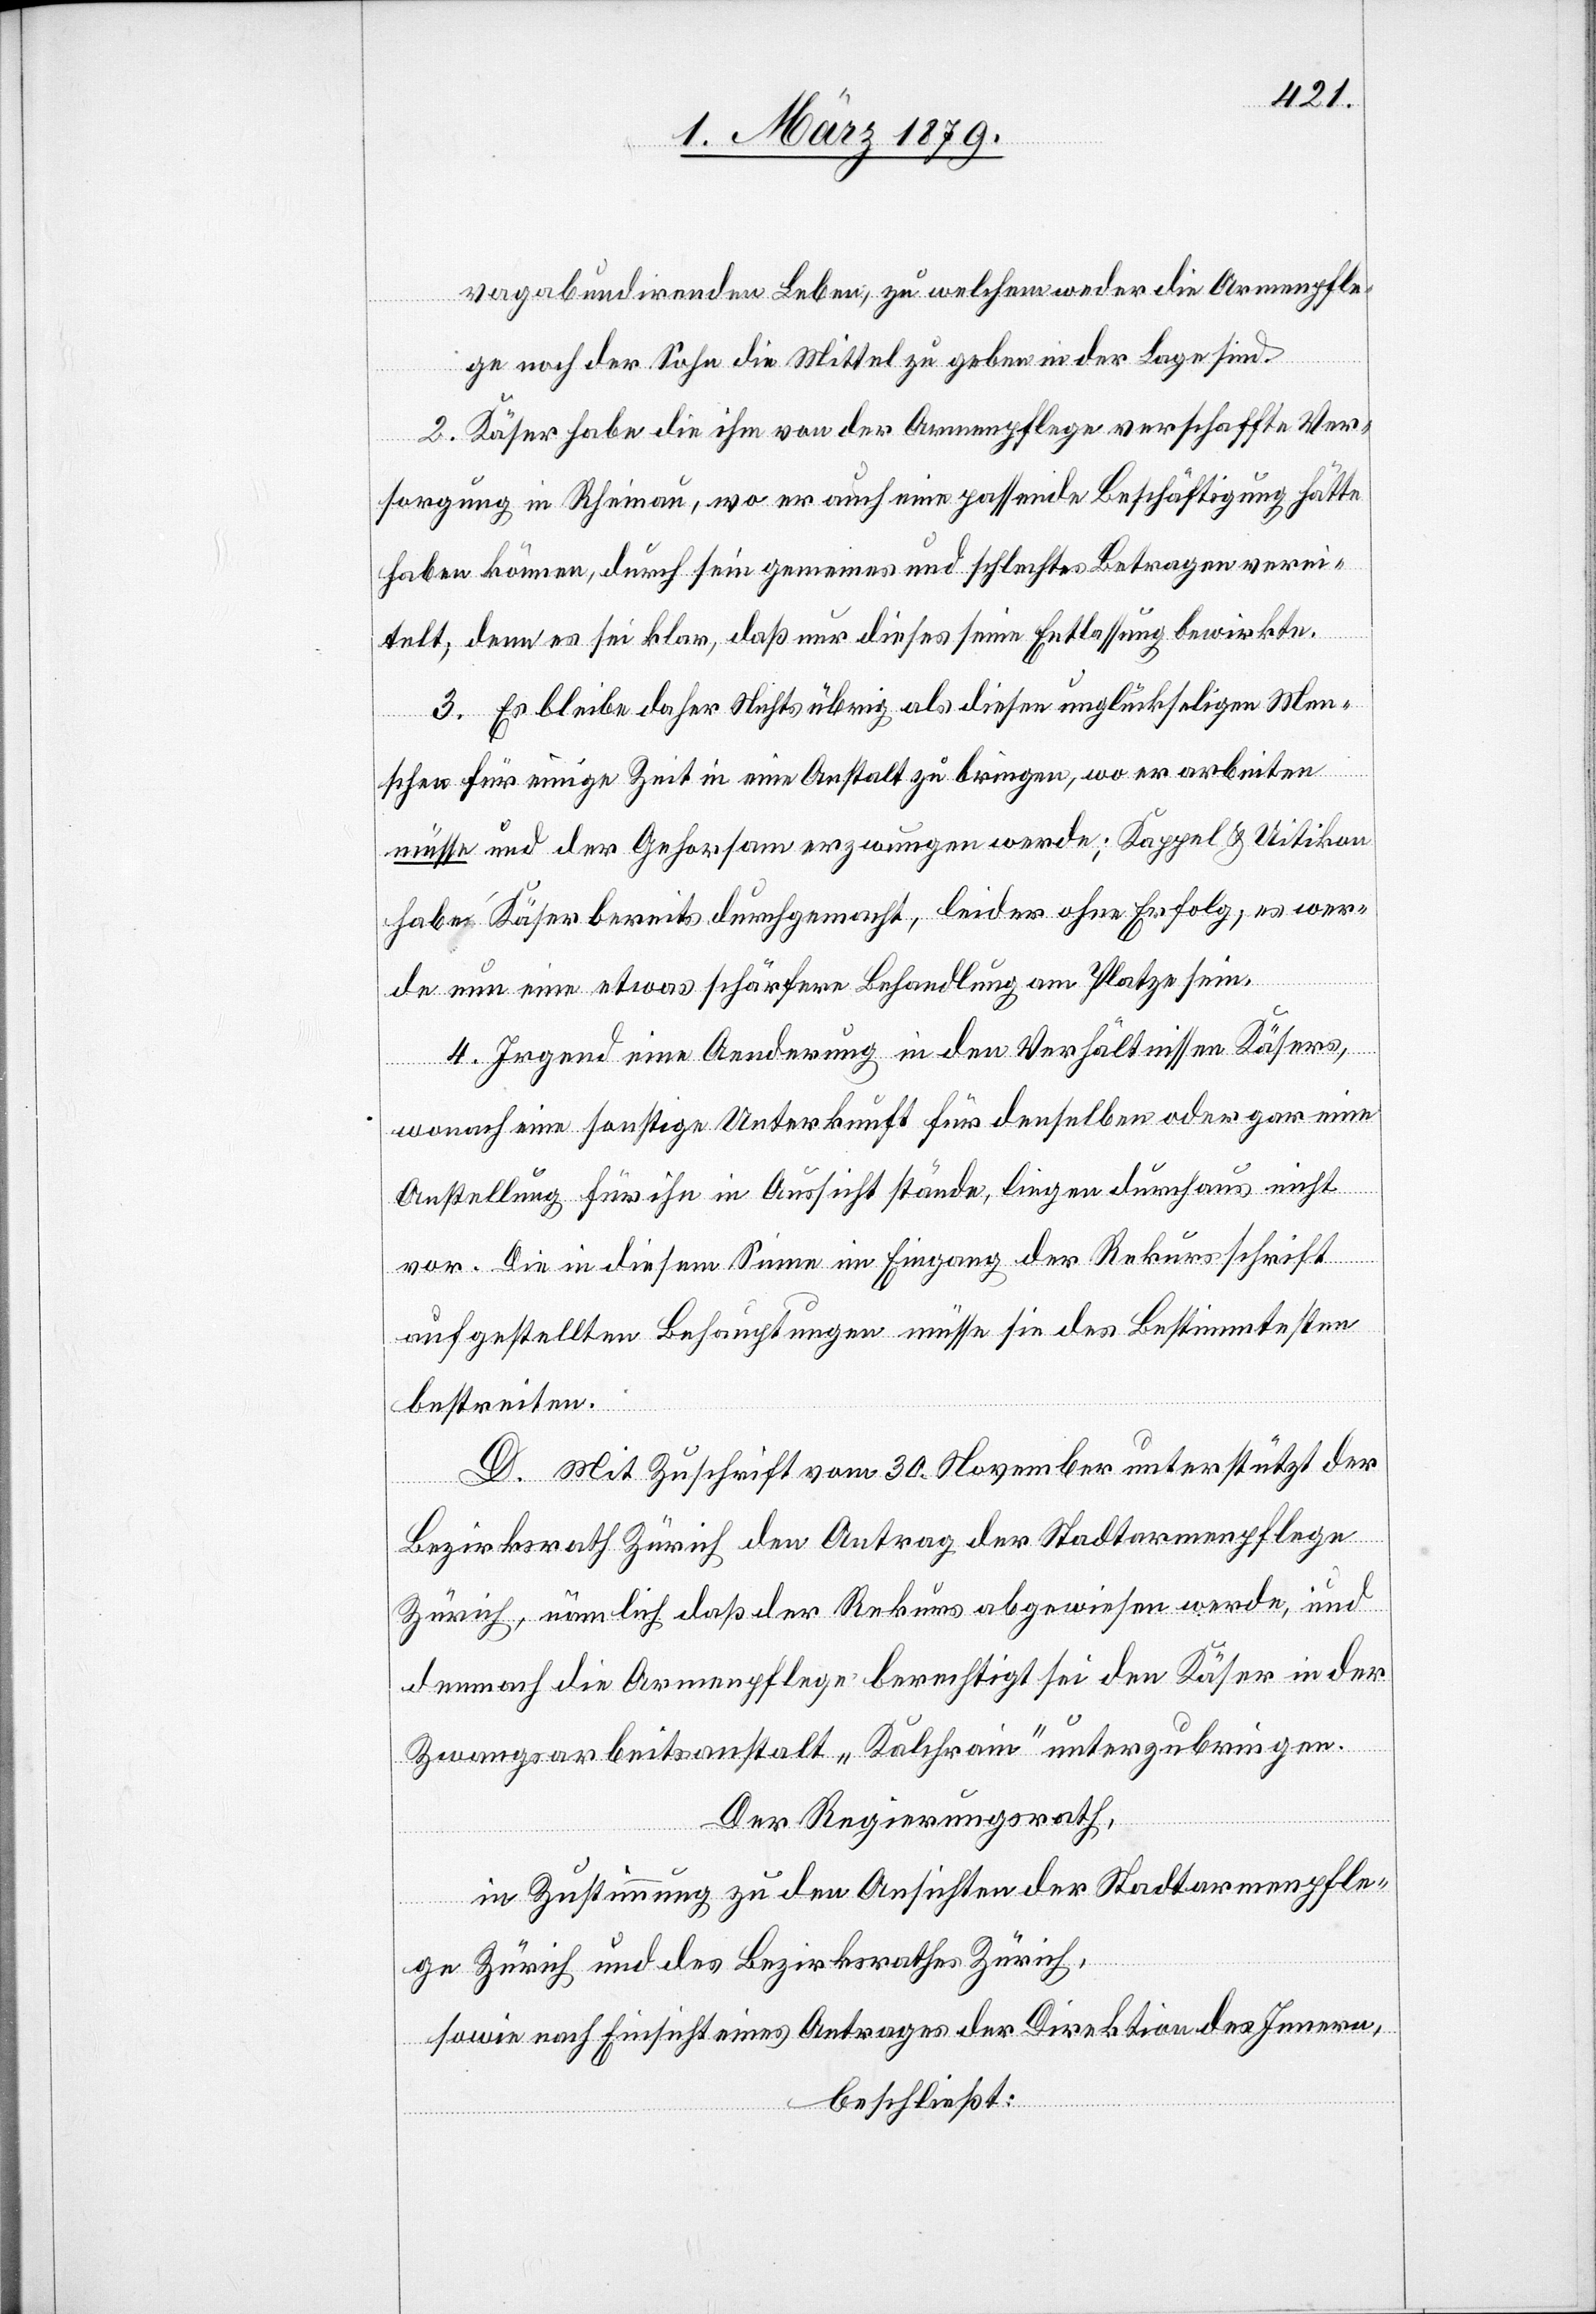
vagabundirenden Leben, zu welchem weder die Armenpfle¬
ge noch der Sohn die Mittel zu geben in der Lage sind.
2. Käser habe die ihm von der Armenpflege verschaffte Ver¬
sorgung in Rheinau, wo er auch eine passende Beschäftigung hätte
haben können, durch sein gemeines und schlechtes Betragen verei¬
telt; denn es sei klar, daß nur dieses seine Entlassung bewirkte.
3. Es bleibe daher Nichts übrig als diesen unglückseligen Men¬
schen für einige Zeit in eine Anstalt zu bringen, wo er arbeiten
müsse und der Gehorsam erzwungen werde; Kappel & Uitikon
habe Käser bereits durchgemacht, leider ohne Erfolg; es wer¬
de nun eine etwas schärfere Behandlung am Platze sein.
4. Irgend eine Aenderung in den Verhältnissen Käsers,
wonach eine sonstige Unterkunft für denselben oder gar eine
Anstellung für ihn in Aussicht stände, liegen durchaus nicht
vor. Die in diesem Sinne im Eingang der Rekursschrift
aufgestellten Behauptungen müsse sie des Bestimmtesten
bestreiten.
D. Mit Zuschrift vom 30. November unterstützt der
Bezirksrath Zürich den Antrag der Stadtarmenpflege
Zürich, nämlich daß der Rekurs abgewiesen werde, und
demnach die Armenpflege berechtigt sei den Käser in der
Zwangsarbeitsanstalt „Kalchrain“ unterzubringen.
Der Regierungsrath,
in Zustimmung zu den Ansichten der Stadtarmenpfle¬
ge Zürich und des Bezirksrathes Zürich,
sowie nach Einsicht eines Antrages der Direktion des Innern,
beschließt: